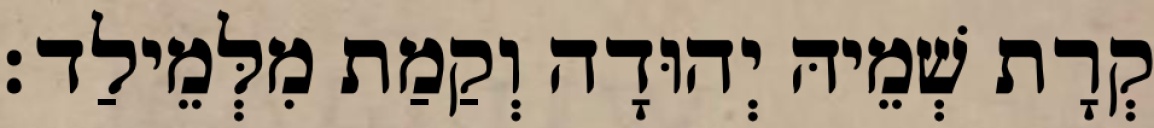
קְרָת שְׁמֵיהּ יְהוּדָה וְקַמַת מִלְּמֵילַד׃